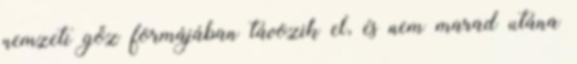
nemzeti gőz formájában távozik el, és nem marad utána